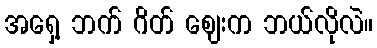
အရှေ့ ဘက် ဂိတ် ဈေးက ဘယ်လိုလဲ။